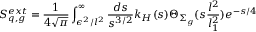
S _ { q , g } ^ { e x t } = { \frac { 1 } { 4 \sqrt { \pi } } } \int _ { \epsilon ^ { 2 } / l ^ { 2 } } ^ { \infty } { \frac { d s } { s ^ { 3 / 2 } } } k _ { H } ( s ) \Theta _ { \Sigma _ { g } } ( s { \frac { l ^ { 2 } } { l _ { 1 } ^ { 2 } } } ) e ^ { - { s / 4 } } ~ ~